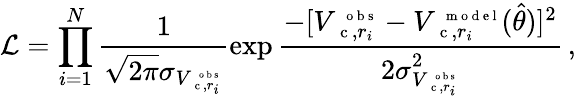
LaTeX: \mathcal{L}=\prod_{i=1}^{N}\frac{1}{\sqrt{2\pi}\sigma_{V_{\mathrm{~\small~c~},r_{i}}^{\mathrm{~\scriptsize~o~b~s~}}}}\exp\frac{-[V_{\mathrm{~\small~c~},r_{i}}^{\mathrm{~\scriptsize~o~b~s~}}-V_{\mathrm{~\small~c~},r_{i}}^{\mathrm{~\scriptsize~m~o~d~e~l~}}(\hat{\theta})]^{2}}{2\sigma_{V_{\mathrm{~\small~c~},r_{i}}^{\mathrm{~\scriptsize~o~b~s~}}}^{2}}\, ,